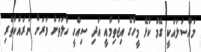
މައްސަލައަކީ ގޭމް ކުޅޭ މީހާގެ އިޖްތިމާއީ އަދި ސިއްހީ ހާލަތަށް ވަރަށް ނުރައްކާތެރި